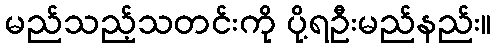
မည်သည့်သတင်းကို ပို့ရဦးမည်နည်း။